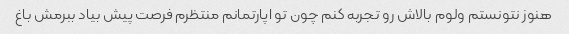
هنوز نتونستم ولوم بالاش رو تجربه کنم چون تو اپارتمانم منتظرم فرصت پیش بیاد ببرمش باغ